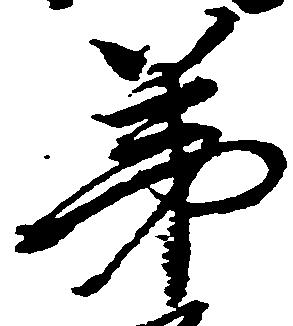
弟